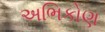
અભિકોણ